Civil Veterinary Dept. Bombay admin report 1914-1922 - 1914-1922
Year: 1914
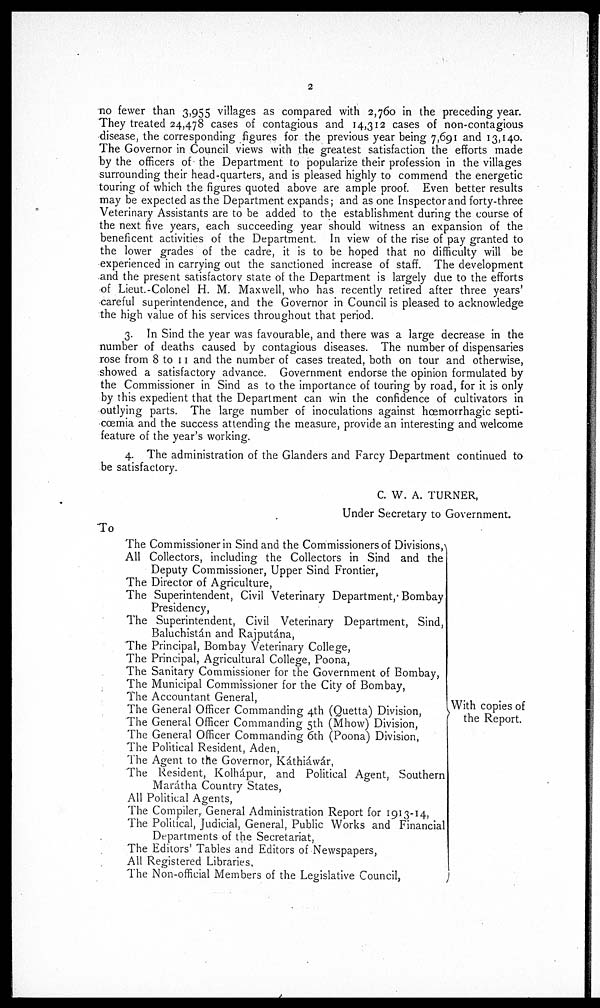
2
no fewer than 3,955 villages as compared with 2,760 in the preceding year.
They treated 24,478 cases of contagious and 14,312 cases of non-contagious
disease, the corresponding figures for the previous year being 7,691 and 13,140.
The Governor in Council views with the greatest satisfaction the efforts made
by the officers of the Department to popularize their profession in the villages
surrounding their head-quarters, and is pleased highly to commend the energetic
touring of which the figures quoted above are ample proof. Even better results
may be expected as the Department expands; and as one Inspector and forty-three
Veterinary Assistants are to be added to the establishment during the course of
the next five years, each succeeding year should witness an expansion of the
beneficent activities of the Department. In view of the rise of pay granted to
the lower grades of the cadre, it is to be hoped that no difficulty will be
experienced in carrying out the sanctioned increase of staff. The development
and the present satisfactory state of the Department is largely due to the efforts
of Lieut.-Colonel H. M. Maxwell, who has recently retired after three years'
careful superintendence, and the Governor in Council is pleased to acknowledge
the high value of his services throughout that period.
3. In Sind the year was favourable, and there was a large decrease in the
number of deaths caused by contagious diseases. The number of dispensaries
rose from 8 to 11 and the number of cases treated, both on tour and otherwise,
showed a satisfactory advance. Government endorse the opinion formulated by
the Commissioner in Sind as to the importance of touring by road, for it is only
by this expedient that the Department can win the confidence of cultivators in
outlying parts. The large number of inoculations against hæmorrhagic septi-
cæmia and the success attending the measure, provide an interesting and welcome
feature of the year's working.
4. The administration of the Glanders and Farcy Department continued to
be satisfactory.
C. W. A. TURNER,
Under Secretary to Government.
To
The Commissioner in Sind and the Commissioners of Divisions,
All Collectors, including the Collectors in Sind and the
Deputy Commissioner, Upper Sind Frontier,
The Director of Agriculture,
The Superintendent, Civil Veterinary Department, Bombay
Presidency,
The Superintendent, Civil Veterinary Department, Sind,
Baluchistán and Rajputána,
The Principal, Bombay Veterinary College,
The Principal, Agricultural College, Poona,
The Sanitary Commissioner for the Government of Bombay,
The Municipal Commissioner for the City of Bombay,
The Accountant General,
The General Officer Commanding 4th (Quetta) Division,
The General Officer Commanding 5th (Mhow) Division,
The General Officer Commanding 6th (Poona) Division,
The Political Resident, Aden,
The Agent to the Governor, Káthiáwar,
The Resident, Kolhápur, and Political Agent, Southern
Marátha Country States,
All Political Agents,
The Compiler, General Administration Report for 1913-14,
The Political, Judicial, General, Public Works and Financial
Departments of the Secretariat,
The Editors' Tables and Editors of Newspapers,
All Registered Libraries,
The Non-official Members of the Legislative Council,
With copies of
the Report.